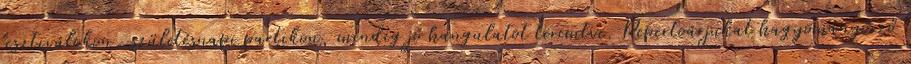
fesztiválokon, születésnapi partikon, mindig jó hangulatot teremtve. Repertoárjukat hagyományőrző